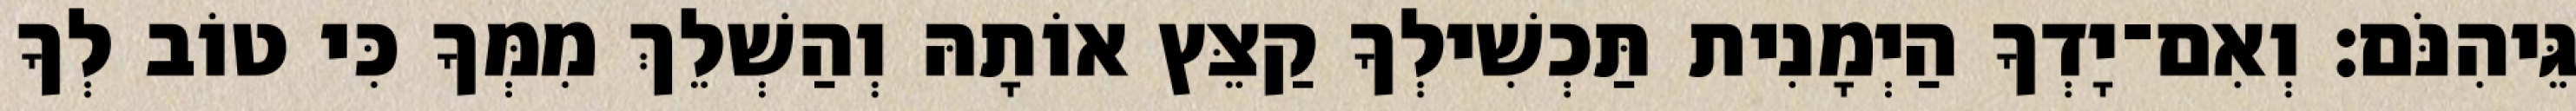
גֵּיהִנֹּם׃ וְאִם־יָדְךָ הַיְמָנִית תַּכְשִׁילְךָ קַצֵּץ אוֹתָהּ וְהַשְׁלֵךְ מִמְּךָ כִּי טוֹב לְךָ